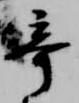
奇